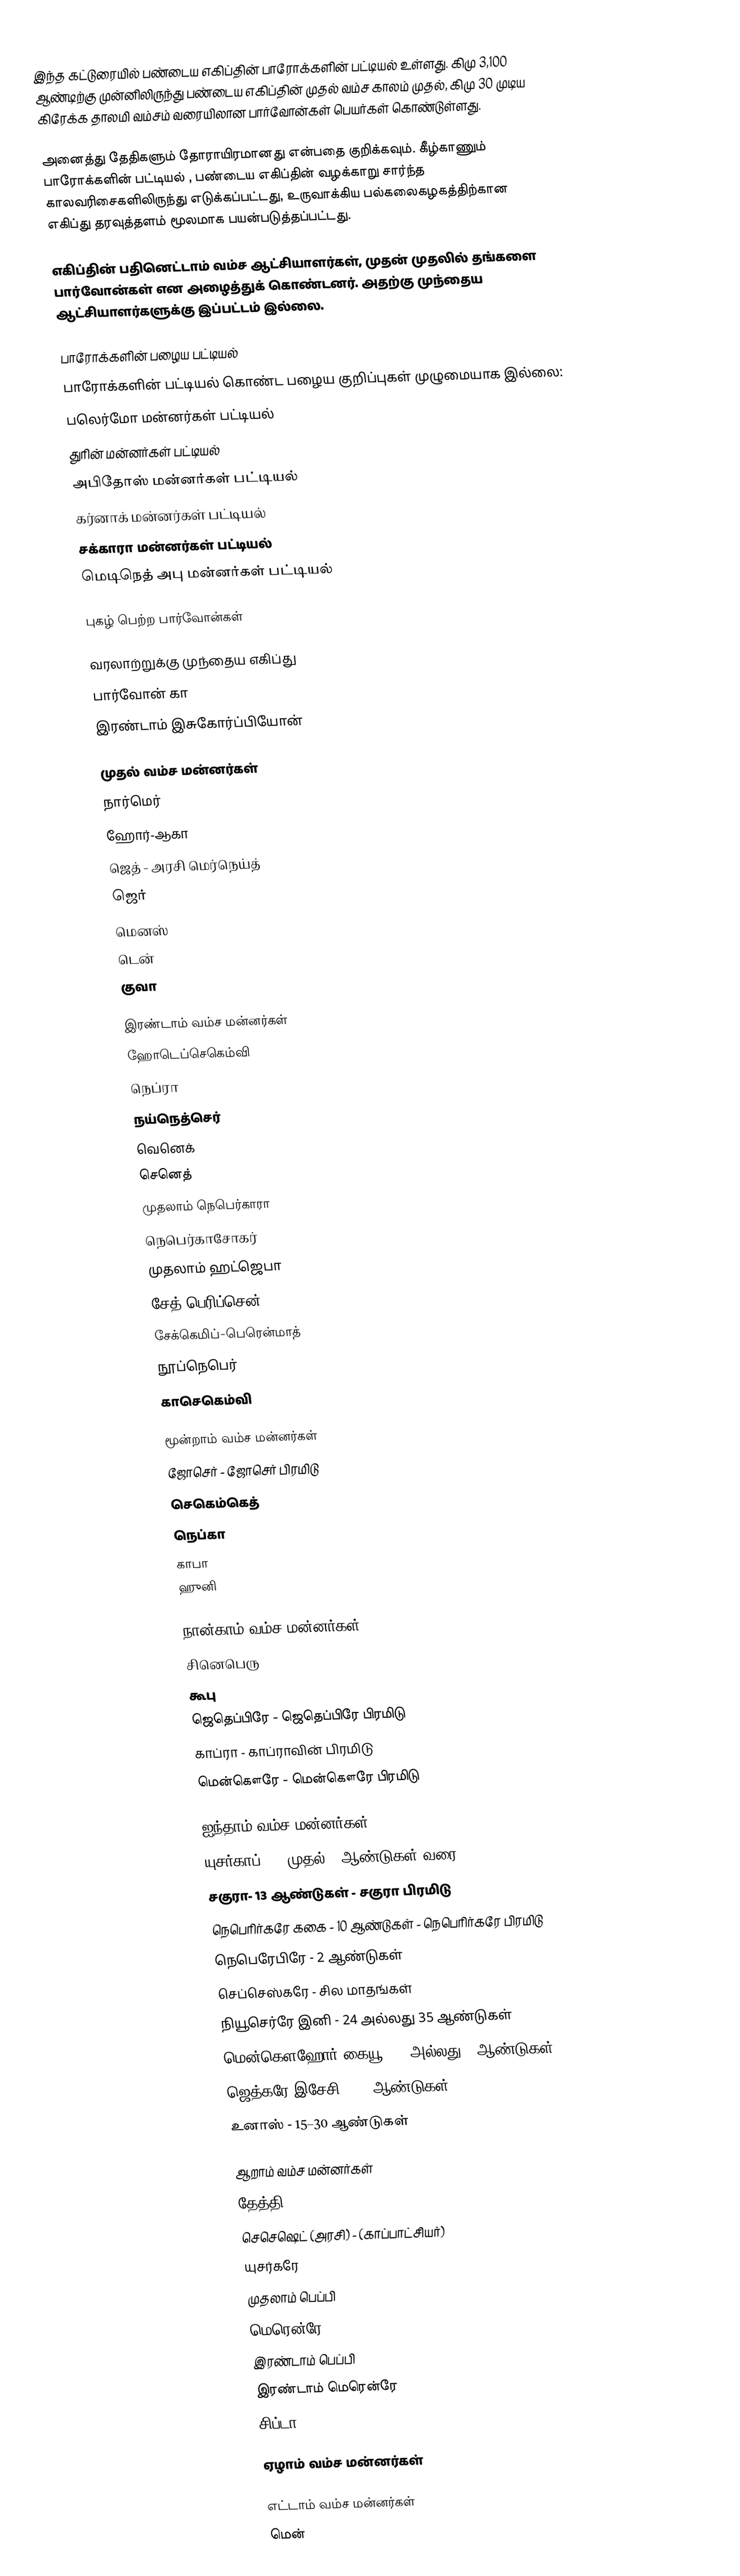
இந்த கட்டுரையில் பண்டைய எகிப்தின் பாரோக்களின் பட்டியல் உள்ளது. கிமு 3,100 ஆண்டிற்கு முன்னிலிருந்து பண்டைய எகிப்தின் முதல் வம்ச காலம் முதல், கிமு 30 முடிய கிரேக்க தாலமி வம்சம் வரையிலான பார்வோன்கள் பெயர்கள் கொண்டுள்ளது.

அனைத்து தேதிகளும் தோராயிரமானது என்பதை குறிக்கவும். கீழ்காணும் பாரோக்களின் பட்டியல் , பண்டைய எகிப்தின் வழக்காறு சார்ந்த காலவரிசைகளிலிருந்து எடுக்கப்பட்டது, உருவாக்கிய பல்கலைகழகத்திற்கான எகிப்து தரவுத்தளம் மூலமாக பயன்படுத்தப்பட்டது.

எகிப்தின் பதினெட்டாம் வம்ச ஆட்சியாளர்கள், முதன் முதலில் தங்களை பார்வோன்கள் என அழைத்துக் கொண்டனர். அதற்கு முந்தைய ஆட்சியாளர்களுக்கு இப்பட்டம் இல்லை.

பாரோக்களின் பழைய பட்டியல்
பாரோக்களின் பட்டியல் கொண்ட பழைய குறிப்புகள் முழுமையாக இல்லை:
 பலெர்மோ மன்னர்கள் பட்டியல்
 துரின் மன்னர்கள் பட்டியல்
 அபிதோஸ் மன்னர்கள் பட்டியல்
 கர்னாக் மன்னர்கள் பட்டியல்
 சக்காரா மன்னர்கள் பட்டியல்
 மெடிநெத் அபு மன்னர்கள் பட்டியல்

புகழ் பெற்ற பார்வோன்கள்

வரலாற்றுக்கு முந்தைய எகிப்து
 பார்வோன் கா
 இரண்டாம் இசுகோர்ப்பியோன்

முதல் வம்ச மன்னர்கள்
 நார்மெர்
 ஹோர்-ஆகா
 ஜெத் - அரசி மெர்நெய்த்
 ஜெர்
 மெனஸ்
 டென்
 குவா

இரண்டாம் வம்ச மன்னர்கள்
 ஹோடெப்செகெம்வி
 நெப்ரா
 நய்நெத்செர்
 வெனெக்
 செனெத்
 முதலாம் நெபெர்காரா
 நெபெர்காசோகர்
 முதலாம் ஹட்ஜெபா
 சேத்-பெரிப்சென்
 சேக்கெமிப்-பெரென்மாத்
 நூப்நெபெர்
 காசெகெம்வி

மூன்றாம் வம்ச மன்னர்கள்
 ஜோசெர் - ஜோசெர் பிரமிடு
 செகெம்கெத்
 நெப்கா
 காபா
 ஹுனி

நான்காம் வம்ச மன்னர்கள்
 சினெபெரு
 கூபு
 ஜெதெப்பிரே - ஜெதெப்பிரே பிரமிடு
காப்ரா - காப்ராவின் பிரமிடு
 மென்கௌரே - மென்கௌரே பிரமிடு

ஐந்தாம் வம்ச மன்னர்கள்
 யுசர்காப் -  7 முதல் 8 ஆண்டுகள் வரை
 சகுரா-  13 ஆண்டுகள் - சகுரா பிரமிடு
 நெபெரிர்கரே ககை  - 10 ஆண்டுகள் - நெபெரிர்கரே பிரமிடு
 நெபெரேபிரே - 2 ஆண்டுகள்
 செப்செஸ்கரே  - சில மாதங்கள்
 நியூசெர்ரே இனி  - 24 அல்லது 35 ஆண்டுகள்
 மென்கௌஹோர் கையூ - 8 அல்லது 9 ஆண்டுகள்
 ஜெத்கரே இசேசி - 32 ஆண்டுகள்
  உனாஸ் - 15–30 ஆண்டுகள்

ஆறாம் வம்ச மன்னர்கள்
 தேத்தி
 செசெஷெட் (அரசி) - (காப்பாட்சியர்)
 யுசர்கரே
 முதலாம் பெப்பி
 மெரென்ரே
 இரண்டாம் பெப்பி
 இரண்டாம் மெரென்ரே
 சிப்டா

ஏழாம் வம்ச மன்னர்கள்

எட்டாம் வம்ச மன்னர்கள்
 மென்